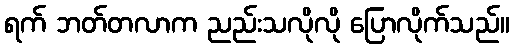
ရက် ဘတ်တလာက ညည်းသလိုလို ပြောလိုက်သည်။